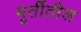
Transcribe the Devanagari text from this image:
मूर्तीतील